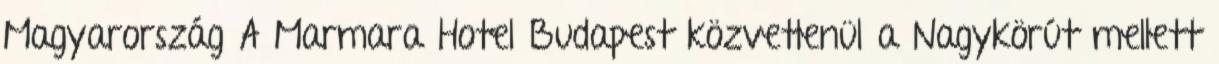
Magyarország A Marmara Hotel Budapest közvetlenül a Nagykörút mellett